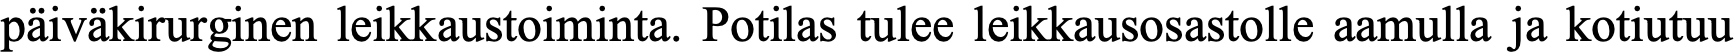
päiväkirurginen leikkaustoiminta. Potilas tulee leikkausosastolle aamulla ja kotiutuu